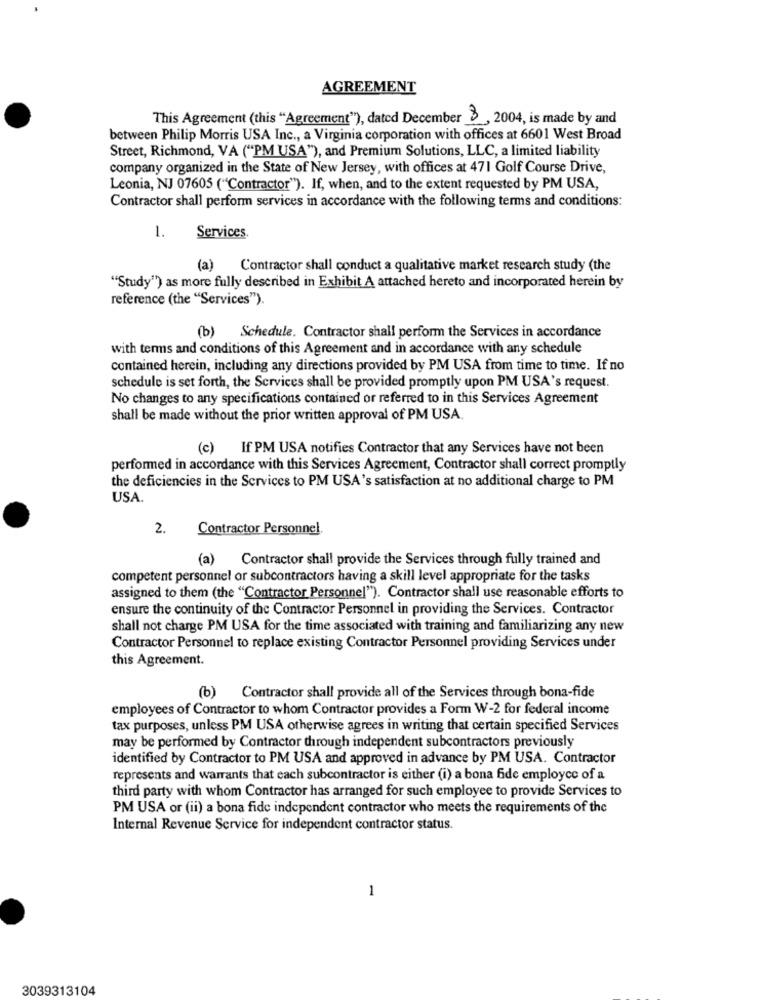
AGREEMENT
This Agreement (this "Agreement"), dated December 3, 2004, is made by and
between Philip Morris USA Inc ., a Virginia corporation with offices at 6601 West Broad
Street, Richmond, VA ("PM USA"), and Premium Solutions, LLC, a limited liability
company organized in the State of New Jersey, with offices at 471 Golf Course Drive,
Leonia, NJ 07605 ("Contractor"). If, when, and to the extent requested by PM USA,
Contractor shall perform services in accordance with the following terms and conditions:
1.
Services.
(a) Contractor shall conduct a qualitative market research study (the
""Study") as more fully described in Exhibit A attached hereto and incorporated herein by
reference (the "Services").
(b) Schedule. Contractor shall perform the Services in accordance
with terms and conditions of this Agreement and in accordance with any schedule
contained herein, including any directions provided by PM USA from time to time. If no
schedule is set forth, the Services shall be provided promptly upon PM USA's request.
No changes to any specifications contained or referred to in this Services Agreement
shall be made without the prior written approval of PM USA.
(c) If PM USA notifies Contractor that any Services have not been
performed in accordance with this Services Agreement, Contractor shall correct promptly
the deficiencies in the Services to PM USA's satisfaction at no additional charge to PM
USA.
2.
Contractor Personnel.
(a) Contractor shall provide the Services through fully trained and
competent personnel or subcontractors having a skill level appropriate for the tasks
assigned to them (the "Contractor Personnel"). Contractor shall use reasonable efforts to
ensure the continuity of the Contractor Personnel in providing the Services. Contractor
shall not charge PM USA for the time associated with training and familiarizing any new
Contractor Personnel to replace existing Contractor Personnel providing Services under
this Agreement.
(b) Contractor shall provide all of the Services through bona-fide
employees of Contractor to whom Contractor provides a Form W-2 for federal income
tax purposes, unless PM USA otherwise agrees in writing that certain specified Services
may be performed by Contractor through independent subcontractors previously
identified by Contractor to PM USA and approved in advance by PM USA. Contractor
represents and warrants that each subcontractor is either (i) a bona fide employee of a
third party with whom Contractor has arranged for such employee to provide Services to
PM USA or (ii) a bona fide independent contractor who meets the requirements of the
Internal Revenue Service for independent contractor status.
1
3039313104